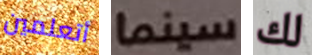
أتعلمين سينما لك